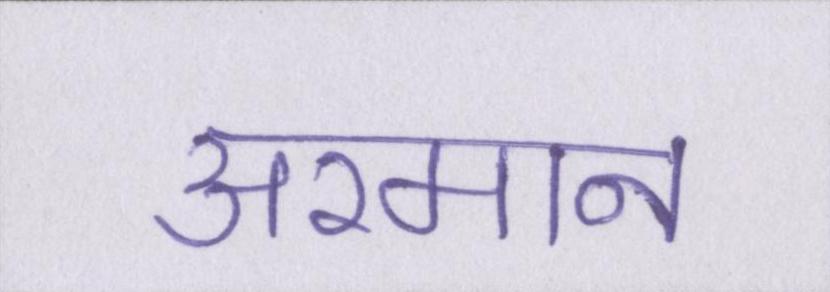
अरमान